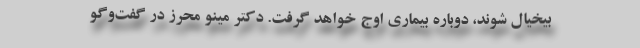
بیخیال شوند، دوباره بیماری اوج خواهد گرفت. دکتر مینو محرز در گفت‌وگو